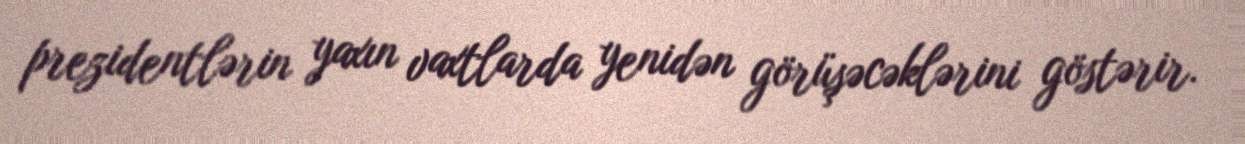
prezidentlərin yaxın vaxtlarda yenidən görüşəcəklərini göstərir.